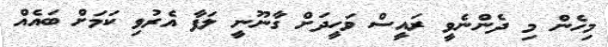
މިހެން މި ދެންނެވީ ރައީސް ވަހީދަށް ގާނޫނީ ލަފާ އެރުވި ކަމަށް ބައެއް